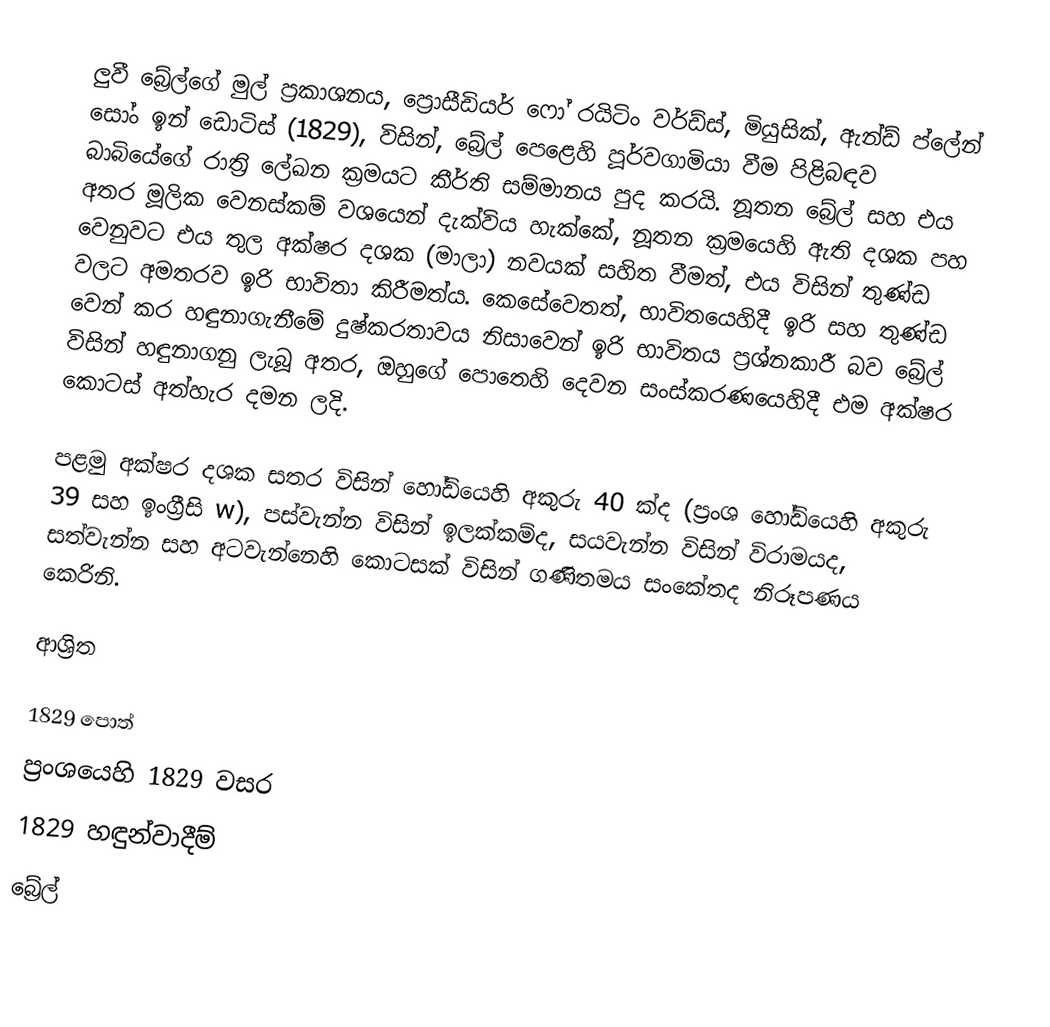
ලුවී බ්‍රේල්ගේ මුල් ප්‍රකාශනය, ප්‍රොසීඩියර් ෆෝ රයිටිං වර්ඩ්ස්, මියුසික්, ඇන්ඩ් ප්ලේන් සෝං ඉන් ඩොටිස් (1829), විසින්,  බ්‍රේල් පෙළෙහි පූර්වගාමියා වීම පිළිබඳව බාබියේගේ  රාත්‍රි ලේඛන ක්‍රමයට කීර්ති සම්මානය පුද කරයි. නූතන බ්‍රේල් සහ එය අතර මූලික වෙනස්කම් වශයෙන් දැක්විය හැක්කේ, නූතන ක්‍රමයෙහි ඇති දශක පහ වෙනුවට එය තුල අක්ෂර දශක (මාලා) නවයක් සහිත වීමත්, එය විසින් තුණ්ඩ වලට අමතරව ඉරි භාවිතා කිරීමත්ය. කෙසේවෙතත්, භාවිතයෙහිදී ඉරි සහ තුණ්ඩ වෙන් කර හඳුනාගැනීමේ දුෂ්කරතාවය නිසාවෙන් ඉරි භාවිතය ප්‍රශ්නකාරී බව බ්‍රේල් විසින් හඳුනාගනු ලැබූ අතර, ඔහුගේ පොතෙහි දෙවන සංස්කරණයෙහිදී එම අක්ෂර කොටස් අත්හැර දමන ලදි.

පළමු අක්ෂර දශක සතර විසින් හෝඩියෙහි අකුරු 40 ක්ද (ප්‍රංශ හෝඩියෙහි අකුරු 39 සහ ඉංග්‍රීසි  w),  පස්වැන්න විසින් ඉලක්කම්ද, සයවැන්න විසින් විරාමයද, සත්වැන්න සහ අටවැන්නෙහි කොටසක් විසින් ගණිතමය සංකේතද නිරූපණය කෙරිනි.

ආශ්‍රිත

1829 පොත්
ප්‍රංශයෙහි 1829 වසර
1829 හඳුන්වාදීම්
බ්‍රේල්